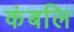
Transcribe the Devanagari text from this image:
कंबलि